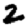
Digit: 2